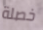
خصلة